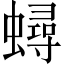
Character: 蟳